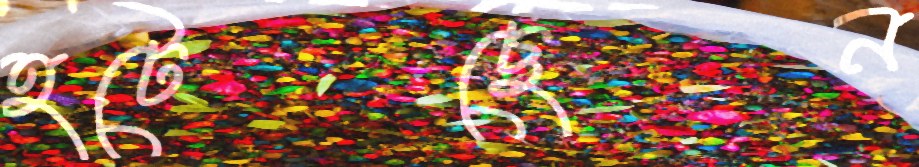
হটেছেন